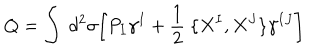
LaTeX: Q = \int ~ d ^ { 2 } \sigma \biggl [ P _ { I } \gamma ^ { I } + \frac { 1 } { 2 } ~ \lbrace X ^ { I } , X ^ { J } \rbrace \gamma ^ { I J } \biggr ]